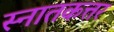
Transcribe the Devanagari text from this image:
स्नातकत्तर